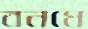
বনধে